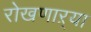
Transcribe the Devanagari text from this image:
रोखणाऱ्या